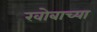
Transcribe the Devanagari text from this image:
खोबाच्या